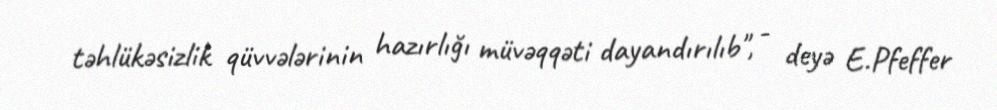
təhlükəsizlik qüvvələrinin hazırlığı müvəqqəti dayandırılıb", - deyə E.Pfeffer